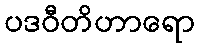
ပဒဝီတိဟာရော